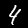
Label: 4